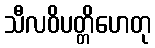
သီလဝိပတ္တိဟေတု